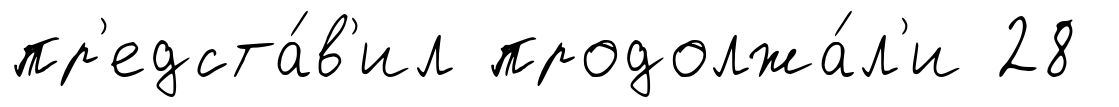
пр'едста́в'ил продолжа́л'и 28